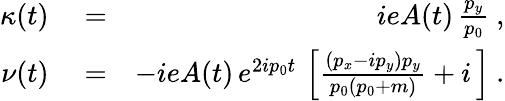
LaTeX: \begin{array}{rlr}{\kappa(t)}&{{}=}&{ieA(t)\, \frac{p_{y}}{p_{0}}\ ,}\\ {\nu(t)}&{{}=}&{-ieA(t)\, e^{2ip_{0}t}\, \left[\frac{(p_{x}-ip_{y})p_{y}}{p_{0}(p_{0}+m)}+i\, \right]\ .}\end{array}